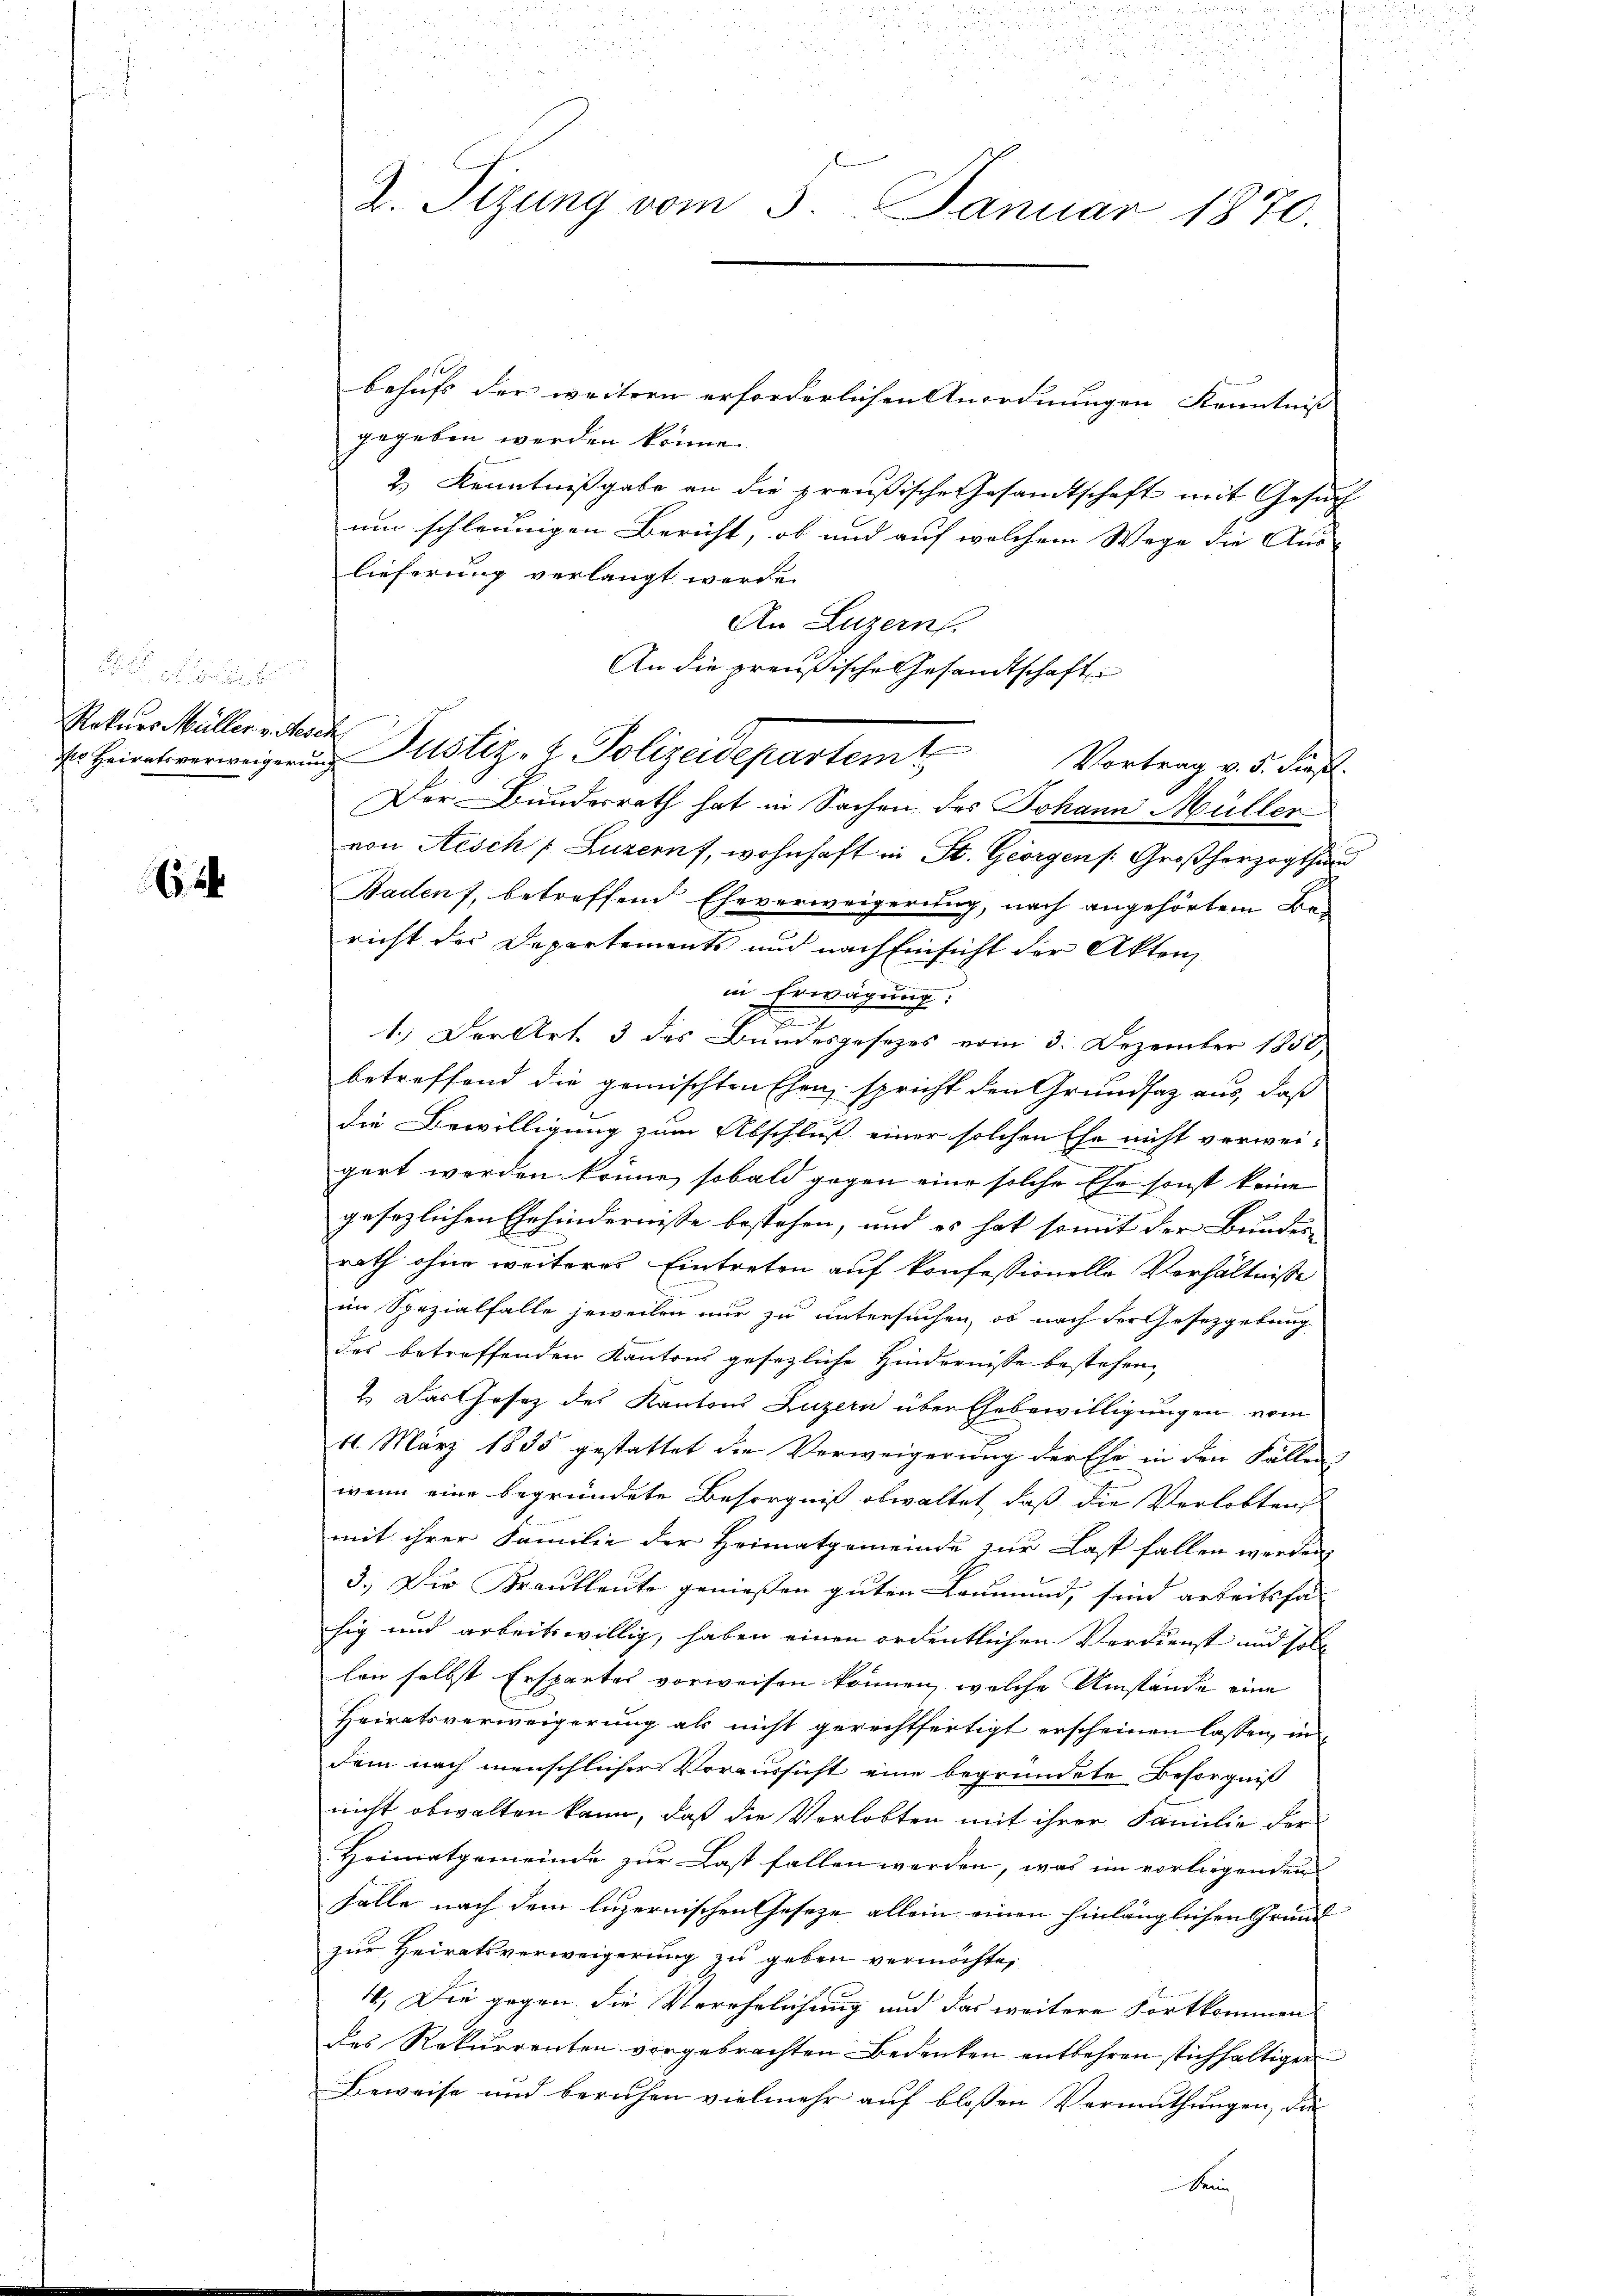
Rekurs Müller v. Moch

f
behufs der weitern erforderlichen Anordnungen Kenntniß
gegeben werden könne.
2.) Kenntnißgabe an die preußische Gesandtschaft mit Gesuch
um schleunigen Bericht, ob und auf welchem Wege die Aus- |
lieferung verlangt werde.
An Luzern.
An die preußische Gesandtschaft
Der Bundesrath hat in Sachen des Johann Müller
von Aesch Luzern, wohnhaft in St. Georgen /: Großherzogthum
Baden, betreffend Eheverweigerung, nach angehörtem Bericht der Departements und nach Einsicht der Akten,
in Erwägung:
1.) Der Art. 3 des Bundesgesezes vom 3. Dezember 1850
betreffend die gemischten Ehen, spricht den Grundsatz aus, daß
die Bewilligung zum Abschluß einer solchen Ehe nicht verwei-
gert werden könne, sobald gegen eine solche Ehe sonst keine
gesezlichen Ehehindernisse bestehen, und es hat somit der Bundes-
rath ohne weiteres Eintreten auf konfessionelle Verhältnisse
im Spezialfalle jeweilen nur zu untersuchen, ob nach der Gesetzgebung
des betreffenden Kantons gesezliche Hindernisse bestehen,
2. Das Gesetz des Kantons Luzern über Ehebewilligungen vom
11. März 1835 gestattet die Verweigerung der Ehe in den Fällen
wenn eine begründete Besorgniß obwaltet, daß die Verlobten
mit ihrer Familie der Heimatgemeinde zur Last fallen werden,
3.) Die Krautleute genießen guten Leumund, sind arbeitsfa
hig und arbeitswillig, haben einen ordentlichen Verdienst und soll
len selbst Erspartes vorweisen können, welche Umstände eine
Heiratsverweigerung als nicht gerechtfertigt erscheinen lassen, in
dem nach menschlicher Voraussicht eine begründete Besorgniß
nicht obwalten kann, daß die Verlobten mit ihrer Familie der
Heimatgemeinde zur Last fallen werden, was im vorliegenden
Falle nach dem luzernischen Geseze allein einen hinlänglichen Grund
zur Heiratsverweigerung zu geben vermöchte,
4.) Die gegen die Verehelichung und das weitere Fortkommen
des Rekurrenten vorgebrachten Bedenken entbehren stichhaltigen
Beweise und beruhen vielmehr auf bloßen Vermuthungen, die
Senn,

2

d
2. Sizung vom 5. Januar 1870.

r Heirat verweiserung Pustiz- & Polizeidepartem Vortrag v. 5. Prof.

i